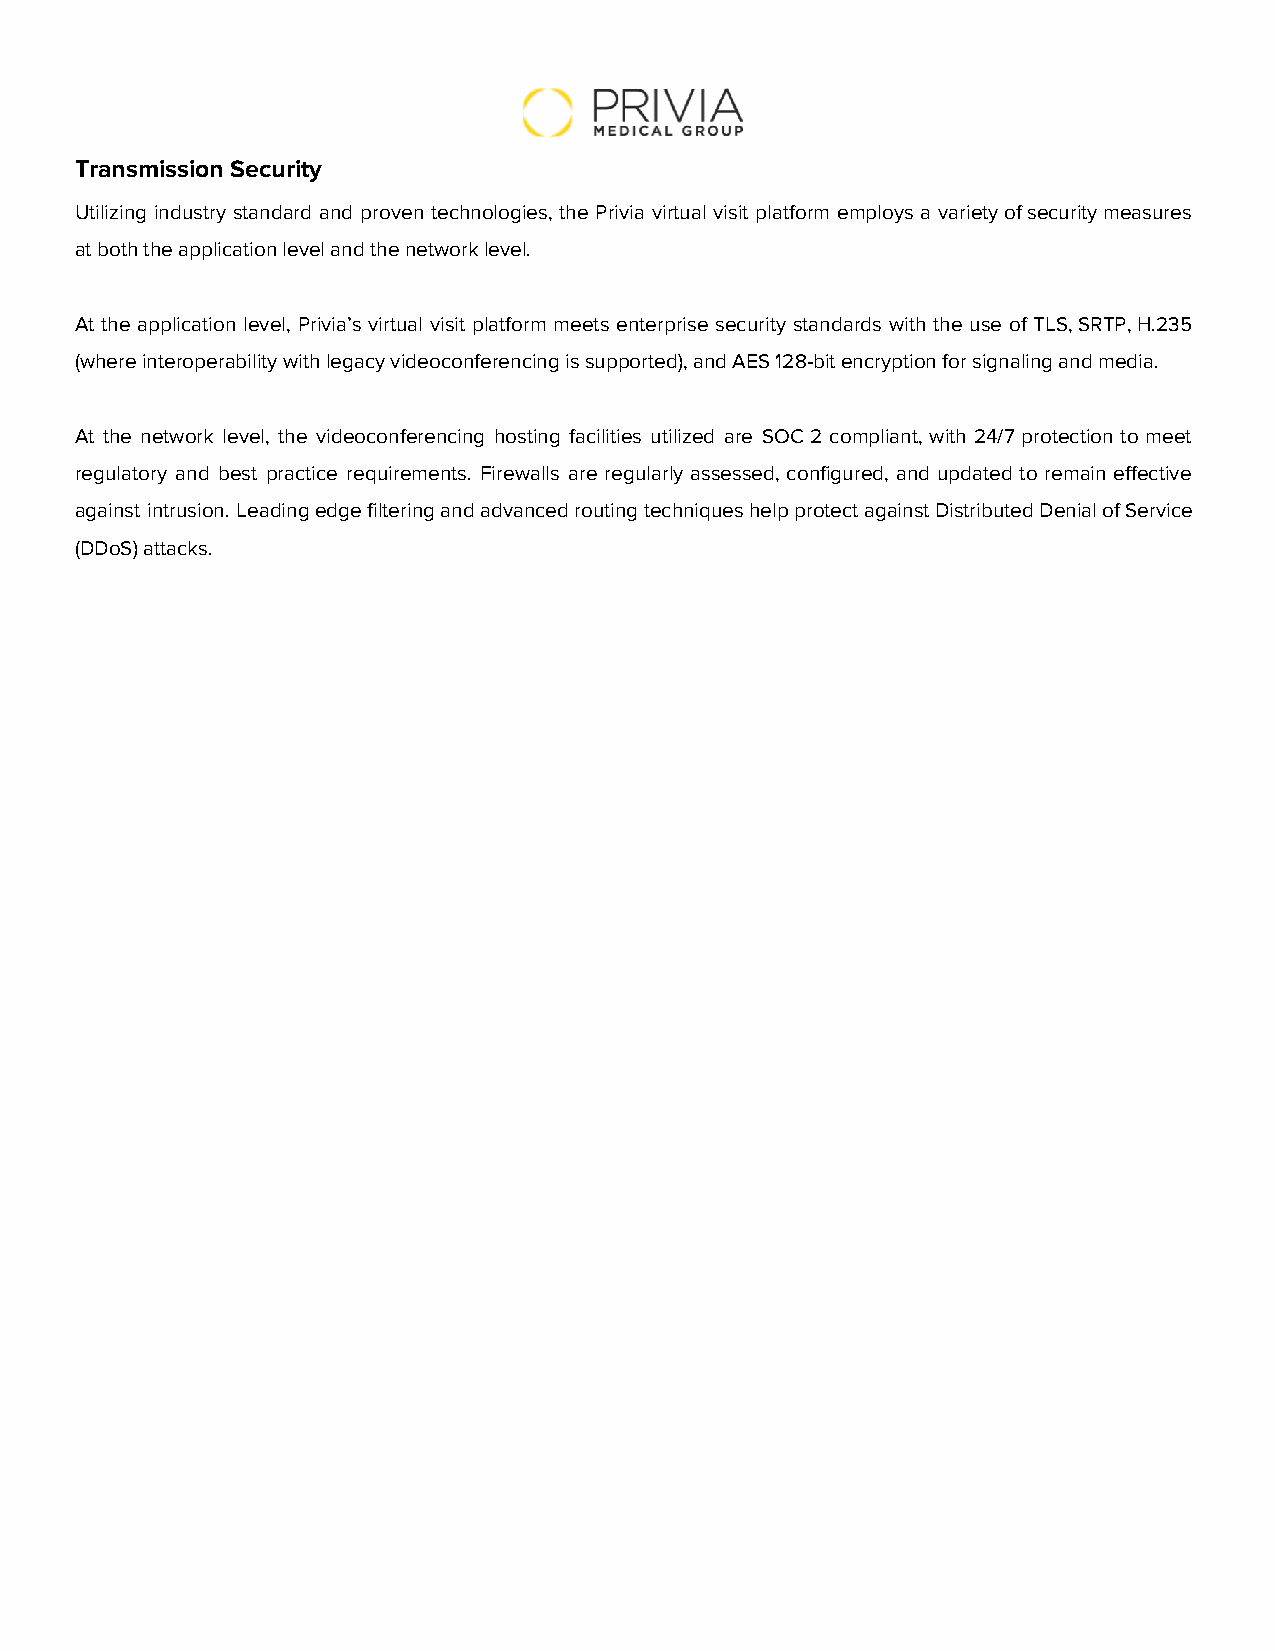
Transmission Security
 ​ ​
 Utilizing industry standard and proven technologies, the Privia virtual visit platform employs a variety of security measures
 at both the application level and the network level.
 ​​ ​​ ​​    ​​  ​​ ​​ ​​  ​​
 At the application level, Privia’s virtual visit platform meets enterprise security standards with the use of TLS, SRTP, H.235
 (where interoperability with legacy videoconferencing is supported), and AES 128-bit encryption for signaling and media.
 ​​       ​​ ​​  ​​          ​​ ​​    ​​ ​​ ​​ ​​     ​​ ​​   ​​ ​​
 At the network level, the videoconferencing hosting facilities utilized are SOC 2 compliant, with 24/7 protection to meet
 regulatory and best practice requirements. Firewalls are regularly assessed, configured, and updated to remain effective
 against intrusion. Leading edge filtering and advanced routing techniques help protect against Distributed Denial of Service
 (DDoS) attacks.
 ​​